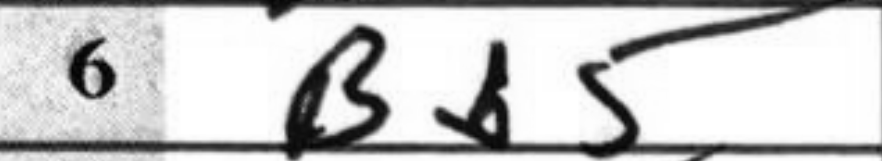
Transcription: Bb5